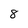
Character: 8